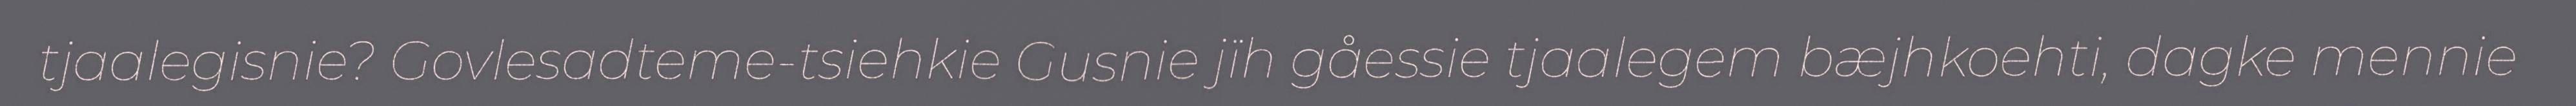
tjaalegisnie? Govlesadteme-tsiehkie Gusnie jïh gåessie tjaalegem bæjhkoehti, dagke mennie